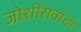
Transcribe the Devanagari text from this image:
जोशीरावांचा